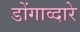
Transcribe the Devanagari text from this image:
डोंगाव्दारे